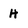
Character: H